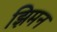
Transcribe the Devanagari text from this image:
झिमन